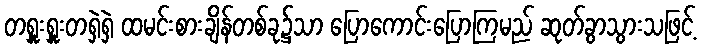
တရှူးရှူးတရှဲရှဲ ထမင်းစားချိန်တစ်ခု၌သာ ပြောကောင်းပြောကြမည် ဆုတ်ခွာသွားသဖြင့်